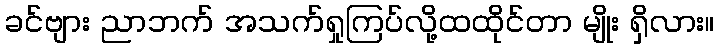
ခင်ဗျား ညာဘက် အသက်ရှုကြပ်လို့ထထိုင်တာ မျိုး ရှိလား။